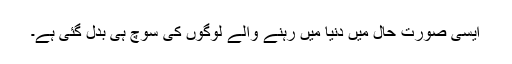
ایسی صورت حال میں دنیا میں رہنے والے لوگوں کی سوچ ہی بدل گئی ہے۔